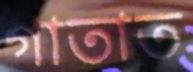
গাতাত